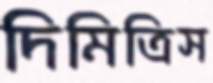
দিমিত্রিস